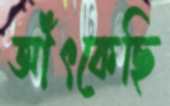
আঁৎকেছি